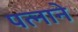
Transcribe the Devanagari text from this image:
पत्‍नाने